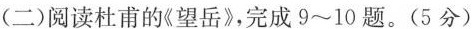
(二)阅读杜甫的《望岳》，完成9~10题。(5分)